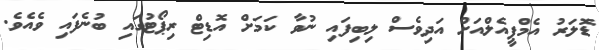
ޑޮލަރު އެމްޕީއެލްއަށް އަދިވެސް ލިބިފައި ނުވާ ކަމަށް އޮޑިޓް ރިޕޯޓުގައި ބުނެފައި ވެއެވެ.